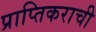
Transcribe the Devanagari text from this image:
प्राप्तिकराची